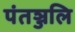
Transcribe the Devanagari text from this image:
पंतञ्जलि